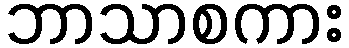
ဘာသာစကား